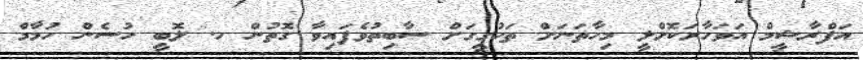
އަފްރާޝީމް އަވަހާރަކޮށްލީ މިހާތަނަށް ތަހުގީގަށް ސާބިތުވެފައިވާ ގޮތުން ހ. ލޮބީ ހުސެން ހުމާމް